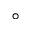
^ { \circ }